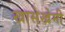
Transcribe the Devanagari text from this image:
खासेखेमी